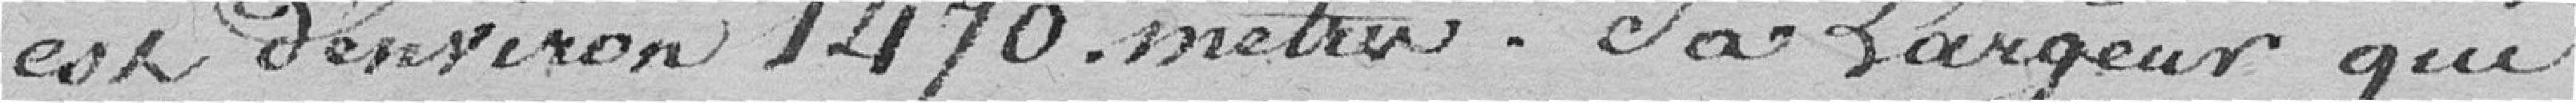
est d'environs 1470 mètres. La largeur qui